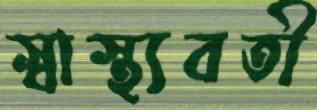
স্বাস্থ্যবতী